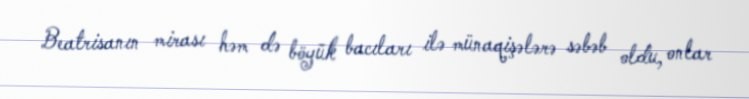
Beatrisanın mirası həm də böyük bacıları ilə münaqişələrə səbəb oldu, onlar